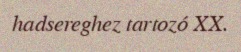
hadsereghez tartozó XX.